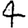
Digit: 4